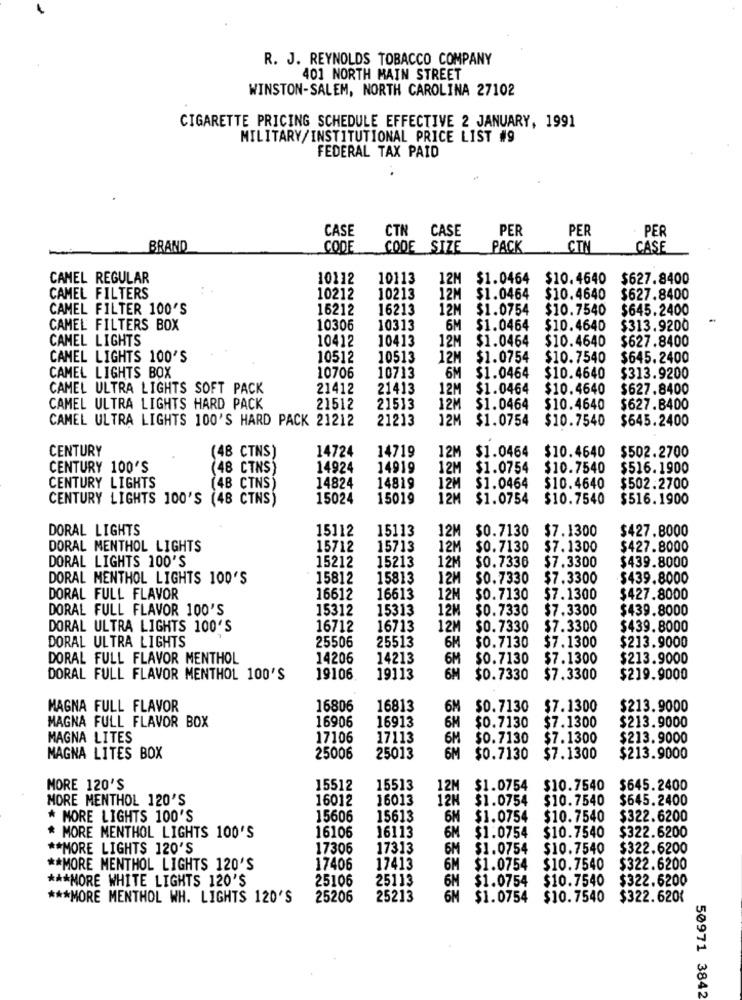
R. J. REYNOLDS TOBACCO COMPANY
401 NORTH MAIN STREET
WINSTON-SALEM, NORTH CAROLINA 27102
CIGARETTE PRICING SCHEDULE EFFECTIVE 2 JANUARY, 1991
MILITARY/INSTITUTIONAL PRICE LIST #9
FEDERAL TAX PAID
CASE
PER
PER
CTN CASE
· PER
BRAND
CODE
CODE SIZE
PACK
CTA
CASE
CAMEL REGULAR
10112
10113
12M
$1.0464 $10.4640
$627.8400
CAMEL FILTERS
10212
10213
12M
$1.0464
$10.4640
$627.8400
CAMEL FILTER 100'S
16212
16213
12M
$1.0754
$10.7540
$645.2400
CAMEL FILTERS BOX
10306
10313
6M
$1.0464
$10.4640
$313.9200
CAMEL LIGHTS
10412
10413
12M
$1.0464
$10.4640
$627.8400
CAMEL LIGHTS 100'S
10512
10513
12M
$1.0754
$10.7540
$645.2400
CAMEL LIGHTS BOX
10706
10713
6M
$1.0464
$10.4640
$313.9200
CAMEL ULTRA LIGHTS SOFT PACK
21412
21413
12M
$1.0464
$10.4640
$627.8400
CAMEL ULTRA LIGHTS HARD PACK
21512
21513
12M
$1.0464
$10.4640
$627.8400
CAMEL ULTRA LIGHTS 100'S HARD PACK 21212
21213
12M
$1.0754
$10.7540
$645.2400
CENTURY
14724
14719
12M
$10.4640
$502.2700
(48 CTNS)
$1.0464
CENTURY 100'S
(48 CTNS)
14924
14919
12M
$1.0754
$10.7540
$516.1900
14824
CENTURY LIGHTS
(48 CTNS)
14819
12M
$1.0464
$10.4640
$502.2700
CENTURY LIGHTS 100'S (48 CTNS)
15024
15019
12M
$1.0754
$10.7540
$516.1900
DORAL LIGHTS
15112
15113
12M
$0.7130
$7.1300
$427.8000
DORAL MENTHOL LIGHTS
15712
15713
12M
$0.7130
$7.1300
$427.8000
DORAL LIGHTS 100'S
15212
15213
12M
$0.7336
$7.3300
$439.8000
DORAL MENTHOL LIGHTS 100'S
15812
15813
12M
$0.7330
$7.3300
$439.8000
DORAL FULL FLAVOR
16612
16613
12M
$0.7130
$7.1300
$427.8000
DORAL FULL FLAVOR 100'S
15312
15313
12M
$0.7330
$7.3300
$439.8000
DORAL ULTRA LIGHTS 100'S
16712
16713
12M
$0.7330
$7.3300
$439.8000
DORAL ULTRA LIGHTS
25506
25513
6M
$213.9000
$0.7130
$7.1300
DORAL FULL FLAVOR MENTHOL
14206
14213
6M
$0.7130
$7.1300
$213.9000
DORAL FULL FLAVOR MENTHOL 100'S
19106
19113
6H
$0.7330
$7.3300
$219.9000
MAGNA FULL FLAVOR
16806
16813
6M
$0.7130
$7.1300
$213.9000
MAGNA FULL FLAVOR BOX
16906
16913
6H
$213.9000
$0.7130
$7.1300
MAGNA LITES
17106
17113
6M
$0.7130
$7.1300
$213.9000
MAGNA LITES BOX
25006
25013
6M
$0.7130
$7.1300
$213.9000
MORE 120'S
15512
15513
12M $1.0754
$10.7540
$645.2400
MORE MENTHOL 120'S
16012
16013
12H
$1.0754
$10.7540
$645.2400
* MORE LIGHTS 100'S
15606
15613
6M
$1.0754
$10.7540
$322.6200
16106
6M
$322.6200
* MORE MENTHOL LIGHTS 100'S
16113
$1.0754
$10.7540
** MORE LIGHTS 120'S
17306
17313
6M
$1.0754
$10.7540
$322.6200
** MORE MENTHOL LIGHTS 120'S
17406
17413
6M
$1.0754
$10.7540
$322.6200
*** MORE WHITE LIGHTS 120'S
25106
25113
6M
$1.0754
$10.7540
$322.6200
*** MORE MENTHOL WH. LIGHTS 120'S
25206
25213
6M
$1.0754
$10.7540
$322.620{
50971 3842